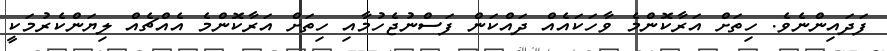
ފަދައިންނެވެ. ހިތަށް އަރާކޮންމެ ވާހަކައެއް ދައްކަން ފަސްނުޖެހުމާއި ހިތަށް އަރާކޮންމެ އެއްޗެއް ލިޔަންކެރުމަކީ